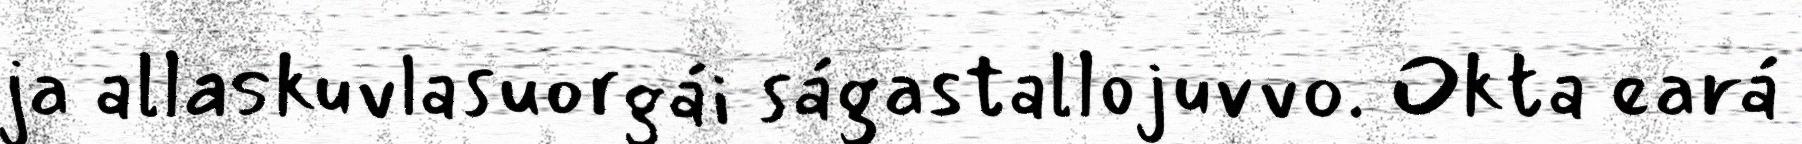
ja allaskuvlasuorgái ságastallojuvvo. Okta eará